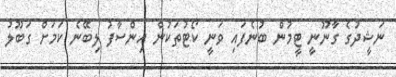
ނަޝީދުގެ ގާނޫނީ ޓީމުން ބުނެފައި ވަނީ ކޯޓުތަކުން އިންސާފު ލިބޭނެ ކަމަށް ގަބޫލު